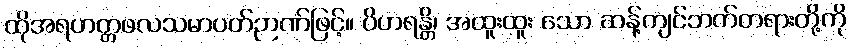
ထိုအရဟတ္တဖလသမာပတ်ဉာဏ်ဖြင့်။ ဝိဟရန္တိ၊ အထူးထူး သော ဆန့်ကျင်ဘက်တရားတို့ကို